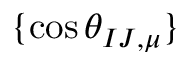
\{ \cos \theta _ { I J , \mu } \}